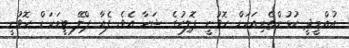
އުއްމީދީ ކުޅުންތެރިއަކަށް ހޮވުނީ ޕޮލިހުގެ ޝަހާ އެވެ. ފެއާ ޕްލޭ ޓީމަކަށް ހޮވުނީ